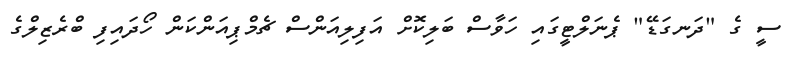
ސީ ގެ "ދަނގަޑޭ" ޕެނަލްޓީގައި ހަވާސް ބަލިކޮށް އަފިލިއަންސް ޗެމްޕިއަންކަން ހޯދައިފި ބްރެޒިލްގެ